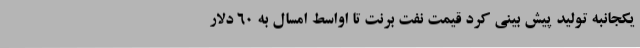
یکجانبه تولید پیش بینی کرد قیمت نفت برنت تا اواسط امسال به 60 دلار